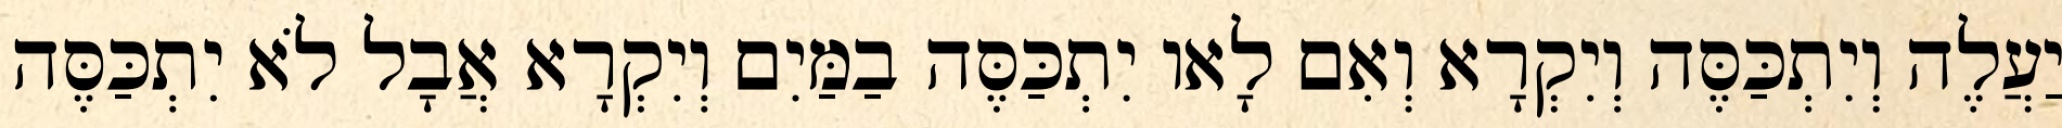
יַעֲלֶה וְיִתְכַּסֶּה וְיִקְרָא וְאִם לָאו יִתְכַּסֶּה בַמַּיִם וְיִקְרָא אֲבָל לֹא יִתְכַּסֶּה